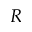
R